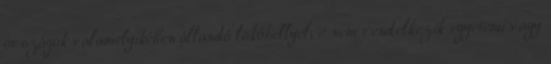
országok valamelyikében állandó lakóhellyel; c nem rendelkezik egyetemi vagy